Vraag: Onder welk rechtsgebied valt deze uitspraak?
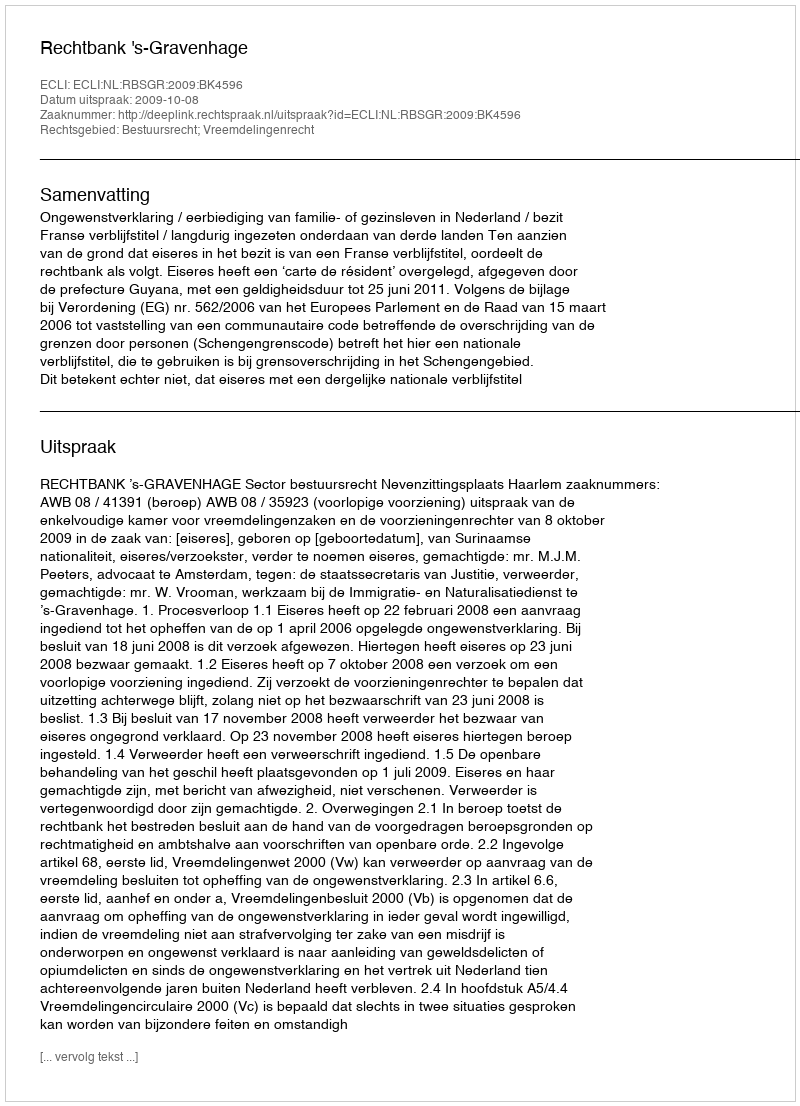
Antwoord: Bestuursrecht; Vreemdelingenrecht